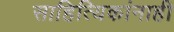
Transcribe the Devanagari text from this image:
साहित्यिकांनाही